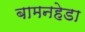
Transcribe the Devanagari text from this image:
बामनहेडा